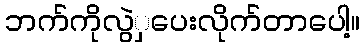
ဘက်ကိုလွဲှပေးလိုက်တာပေါ့။